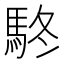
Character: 𩢦